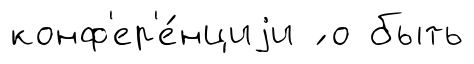
конф'ер'е́нциjи ́ о быть